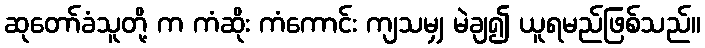
ဆုတော်ခံသူတို့ က ကံဆိုး ကံကောင်း ကျသမျှ မဲချ၍ ယူရမည်ဖြစ်သည်။